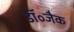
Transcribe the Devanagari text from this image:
डॉ॰जैक